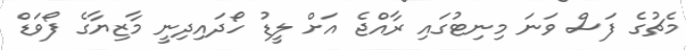
މެޗުގެ ފަސް ވަނަ މިނިޓުގައި ރާއްޖެ އަށް ލީޑު ހޯދައިދިނީ މާޒިޔާގެ ފޯވަޑް